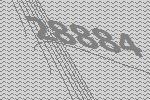
28884